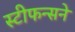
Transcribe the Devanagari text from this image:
स्टीफन्सने